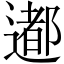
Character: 𨗊